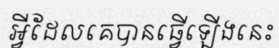
អ្វីដែលគេបានធ្វើឡើងនេះ